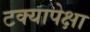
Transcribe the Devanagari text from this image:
टक्यापेक्षा